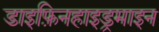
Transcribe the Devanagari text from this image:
डाइफ़िनहाइड्रमाइन